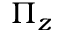
\Pi _ { z }